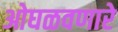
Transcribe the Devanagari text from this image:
ओघळवणारे